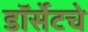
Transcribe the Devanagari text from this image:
डॉर्सेटचे